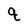
Character: q